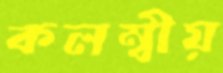
কলম্বীয়